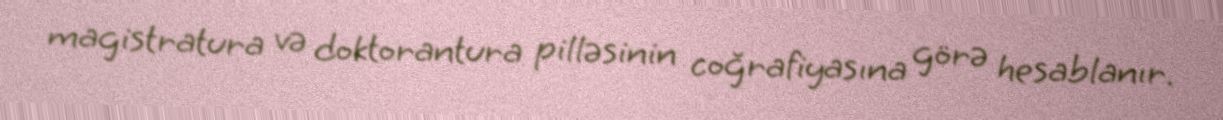
magistratura və doktorantura pilləsinin coğrafiyasına görə hesablanır.